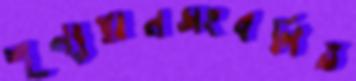
শূন্যস্থানসংবলিত